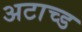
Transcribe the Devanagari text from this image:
अटाच्ड